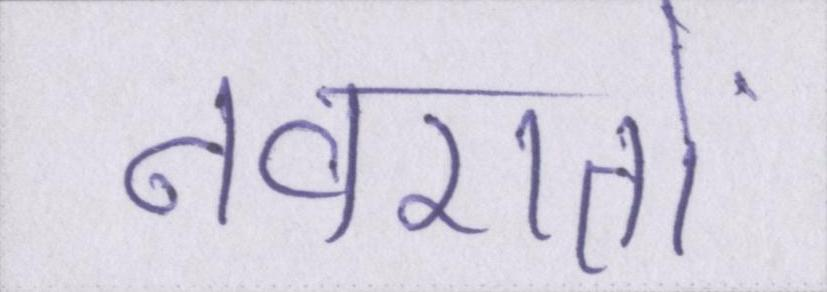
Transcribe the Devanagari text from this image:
नवरातों